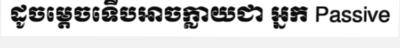
ដូចម្តេចទើបអាចក្លាយជា អ្នក Passive